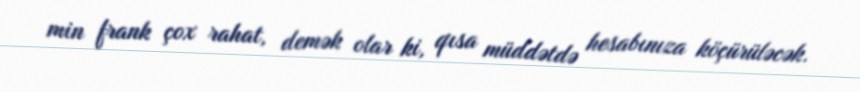
min frank çox rahat, demək olar ki, qısa müddətdə hesabınıza köçürüləcək.